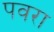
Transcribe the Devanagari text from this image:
पवरा